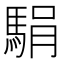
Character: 駽